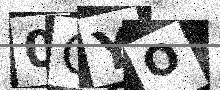
Text: 0CYO